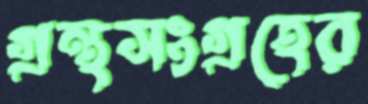
গ্রন্থসংগ্রহের